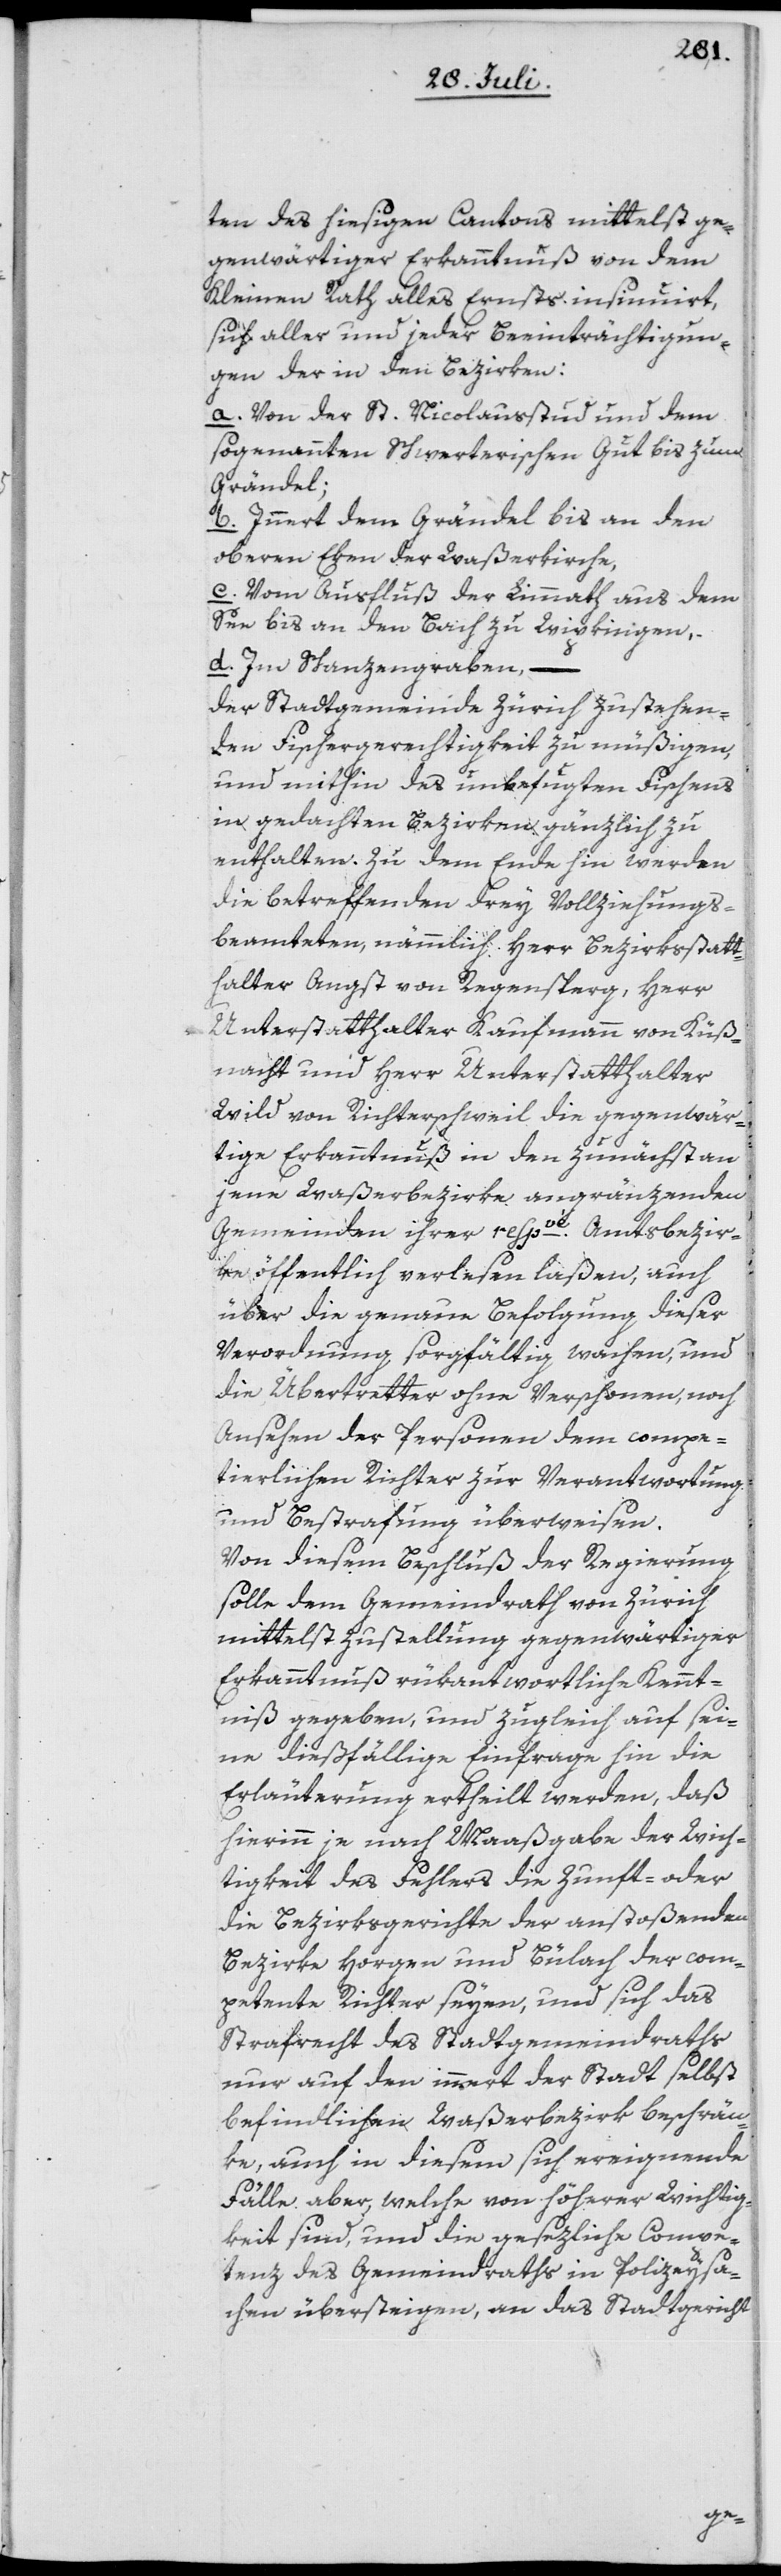
ten des hiesigen Cantons mittelst ge¬
genwärtiger Erkanntnuß von dem
Kleinen Rath alles Ernsts insinuirt,
sich aller und jeder Beeinträchtigun¬
gen der in den Bezirken:
a. Von der St. Nicolausstud und dem
sogenannten Schwerterischen Gut bis zum
Grändel;
b. Innert dem Grändel bis an den
oberen Eken der Waßerkirche,
c. Vom Ausfluß der Limmath aus dem
See bis an den Bach zu Wipkingen,
d. Im Schanzengraben, –
der Stadtgemeinde Zürich zustehen¬
den Fischergerechtigkeit zu müßigen,
und mithin des unbefugten Fischens
in gedachten Bezirken gänzlich zu
enthalten. Zu dem Ende hin werden
die betreffenden drey Vollziehungs¬
beamteten, nämmlich Herr Bezirksstatt¬
halter Angst von Regensperg, Herr
Unterstatthalter Kaufmann von Küß¬
nacht und Herr Unterstatthalter
Wild von Richterschweil die gegenwär¬
tige Erkanntnuß in den zunächst an
jene Waßerbezirke angränzenden
Gemeinden ihrer respve Amtsbezir¬
ke öffentlich verlesen laßen, auch
über die genaue Befolgung dieser
Verordnung sorgfältig wachen, und
die Übertretter ohne Verschonen, noch
Ansehen der Personen dem compe¬
tierlichen Richter zur Verantwortung
und Bestrafung überweisen.
Von diesem Beschluß der Regierung
solle dem Gemeindrath von Zürich
mittelst Zustellung gegenwärtiger
Erkanntnuß rükantwortliche Kennt¬
niß gegeben, und zugleich auf sei¬
ne dießfällige Einfrage hin die
Erläuterung ertheilt werden, daß
hierinn je nach Maaßgabe der Wich¬
tigkeit des Fehlers die Zunft- oder
die Bezirksgerichte der anstoßenden
Bezirke Horgen und Bülach der com¬
petente Richter seyen, und sich das
Strafrecht des Stadtgemeindraths
nur auf den innert der Stadt selbst
befindlichen Waßerbezirk beschrän¬
ke, auch in diesem sich ereignende
Fälle aber, welche von höherer Wichtig¬
keit sind, und die gesezliche Compe¬
tenz des Gemeindraths in Polizeysa¬
chen übersteigen, an das Stadtgericht